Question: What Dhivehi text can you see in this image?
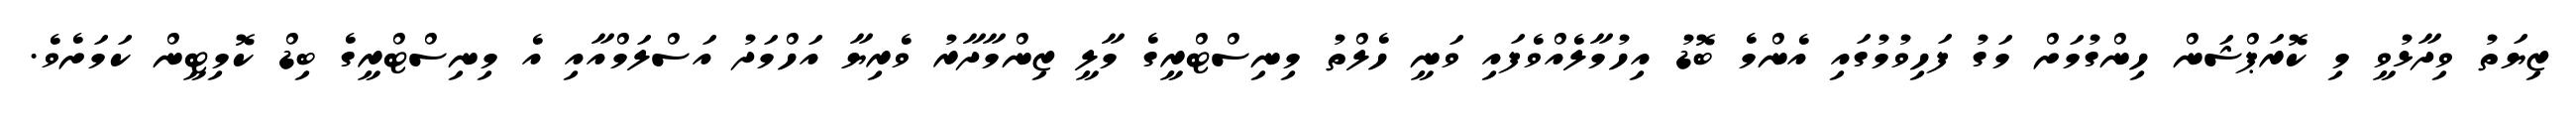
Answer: ޒިޔަތު ވިދާޅުވީ މި ކޮރަޕްޝަން ހިންގުމަށް މަގު ފަހިވުމުގައި އެންމެ ބޮޑު އިހުމާލެއްވެފައި ވަނީ ހެލްތު މިނިސްޓްރީގެ މާލީ ޒިންމާދާރު ވެރިޔާ އަހްމަދު އަސްލަމްއާއި އެ މިނިސްޓްރީގެ ބިޑް ކޮމިޓީން ކަމަށެވެ.